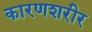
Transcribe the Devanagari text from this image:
कारणशरीर